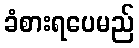
ခံစားရပေမည်